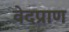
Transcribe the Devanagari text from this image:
वेदप्राण